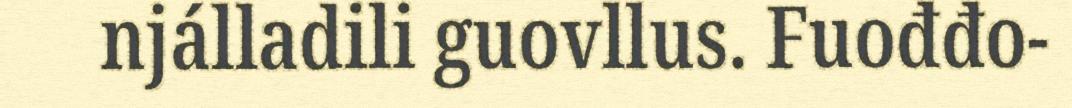
njálladili guovllus. Fuođđo-